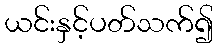
ယင်းနှင့်ပတ်သက်၍